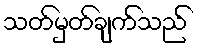
သတ်မှတ်ချက်သည်